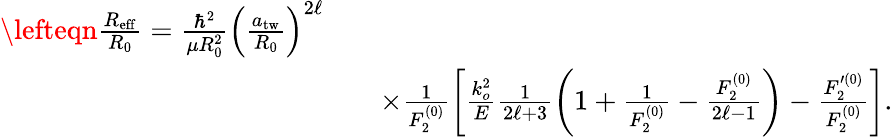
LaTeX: \begin{array}{rlr}{\lefteqn{\frac{R_{\mathrm{eff}}}{R_{0}}=\frac{\hbar^{2}}{\mu R_{0}^{2}}\left(\frac{a_{\mathrm{tw}}}{R_{0}}\right)^{2\ell}}}\\ &{}&{\times\frac{1}{F_{2}^{(0)}}\bigg[\frac{k_{o}^{2}}{E}\frac{1}{2\ell+3}\left(1+\frac{1}{F_{2}^{(0)}}-\frac{F_{2}^{(0)}}{2\ell-1}\right)-\frac{F_{2}^{\prime(0)}}{F_{2}^{(0)}}\bigg].}\end{array}